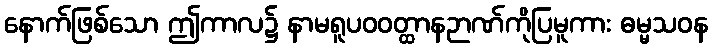
နောက်ဖြစ်သော ဤကာလ၌ နာမရူပဝဝတ္ထာနဉာဏ်ကိုပြမူကား ဓမ္မသဝန